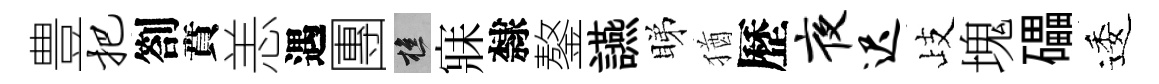
豊把劄賁恙遇團樵寐隸鏊讌睇猶歷夜迟歧塊礧逶